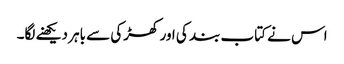
اس نے کتاب بند کی اور کھڑکی سے باہر دیکھنے لگا۔